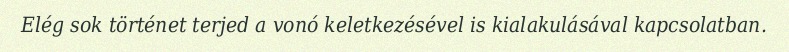
Elég sok történet terjed a vonó keletkezésével is kialakulásával kapcsolatban.